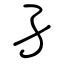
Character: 孑